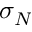
\sigma _ { N }